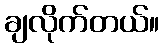
ချလိုက်တယ်။